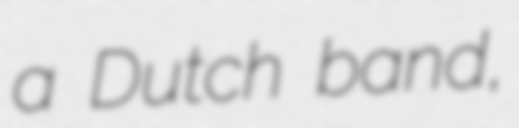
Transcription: a Dutch band,